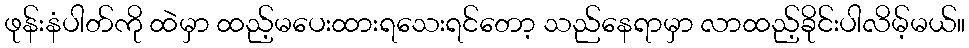
ဖုန်းနံပါတ်ကို ထဲမှာ ထည့်မပေးထားရသေးရင်တော့ သည်နေရာမှာ လာထည့်ခိုင်းပါလိမ့်မယ်။